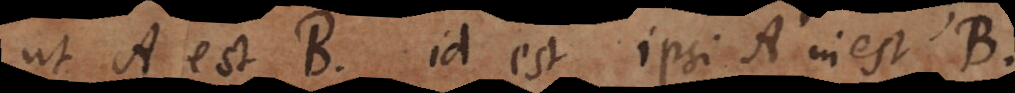
ut A est B, id est ipsi A inest B.